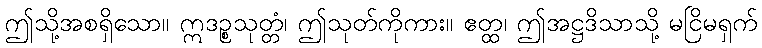
ဤသို့အစရှိသော။ ဣဒဉ္စသုတ္တံ၊ ဤသုတ်ကိုကား။ ဧတ္ထ၊ ဤအဋ္ဌဒိသာသို့ မငြိမရှက်